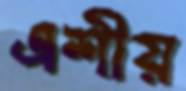
এশীয়